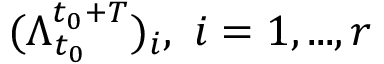
( \Lambda _ { t _ { 0 } } ^ { t _ { 0 } + T } ) _ { i } , ~ i = 1 , . . . , r